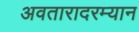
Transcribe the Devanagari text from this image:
अवतारादरम्यान